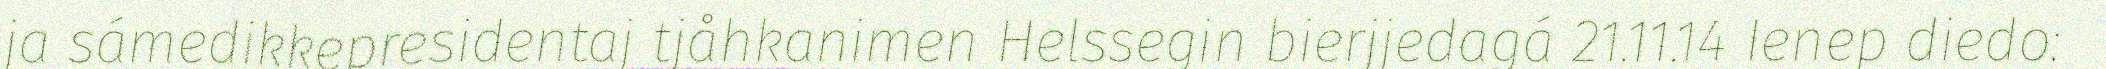
ja sámedikkepresidentaj tjåhkanimen Helssegin bierjjedagá 21.11.14 Ienep diedo: